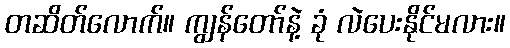
တဆိတ်လောက်။ ကျွန်တော်နဲ့ ခုံ လဲပေးနိုင်မလား။